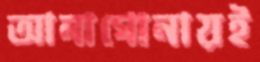
আনাগোনায়ই